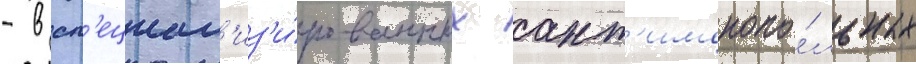
- в сп'ециал'из'и́рованных ант'имонопо́льных